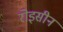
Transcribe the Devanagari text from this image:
रोइसीन